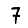
Digit: 7